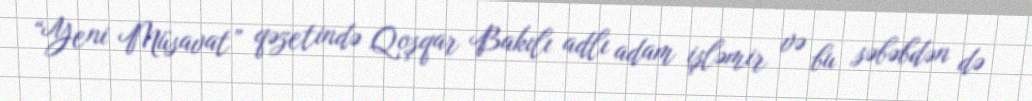
“Yeni Müsavat” qəzetində Qoşqar Bakılı adlı adam işləmir və bu səbəbdən də